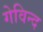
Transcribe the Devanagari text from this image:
गेविन्द